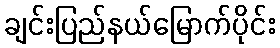
ချင်းပြည်နယ်မြောက်ပိုင်း